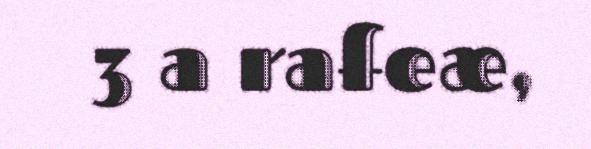
3 a rafeæ,